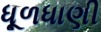
ધૂળધાણી